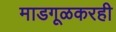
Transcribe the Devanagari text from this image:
माडगूळकरही